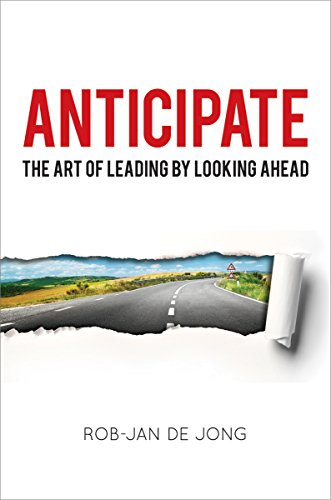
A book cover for Anticipate: The Art of Leading by Looking Ahead; Rob-Jan de Jong; Business & Money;